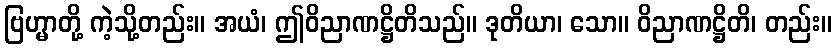
ဗြဟ္မာတို့ ကဲ့သို့တည်း။ အယံ၊ ဤဝိညာဏဋ္ဌိတိသည်။ ဒုတိယာ၊ သော။ ဝိညာဏဋ္ဌိတိ၊ တည်း။